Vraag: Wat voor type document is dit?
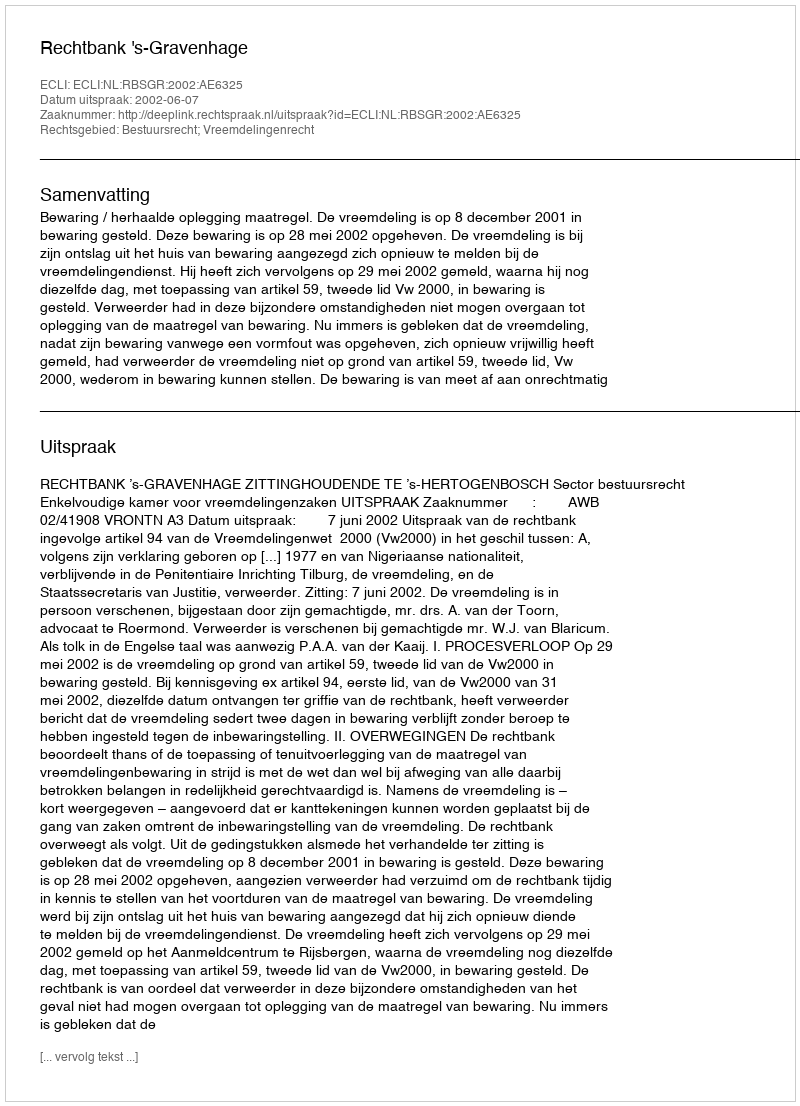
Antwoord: Uitspraak